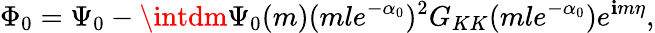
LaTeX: \Phi_{0}=\Psi_{0}-\intdm\Psi_{0}(m)(mle^{-\alpha_{0}})^{2}G_{KK}(mle^{-\alpha_{0}})e^{\mathbf{i}m\eta},